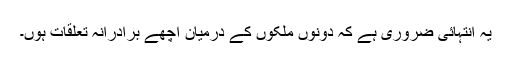
یہ انتہائی ضروری ہے کہ دونوں ملکوں کے درمیان اچھے برادرانہ تعلقات ہوں۔